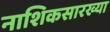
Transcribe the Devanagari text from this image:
नाशिकसारख्या